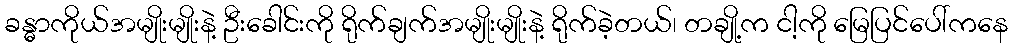
ခန္ဓာကိုယ်အမျိုးမျိုးနဲ့ ဦးခေါင်းကို ရိုက်ချက်အမျိုးမျိုးနဲ့ ရိုက်ခဲ့တယ်၊ တချို့က ငါ့ကို မြေပြင်ပေါ်ကနေ